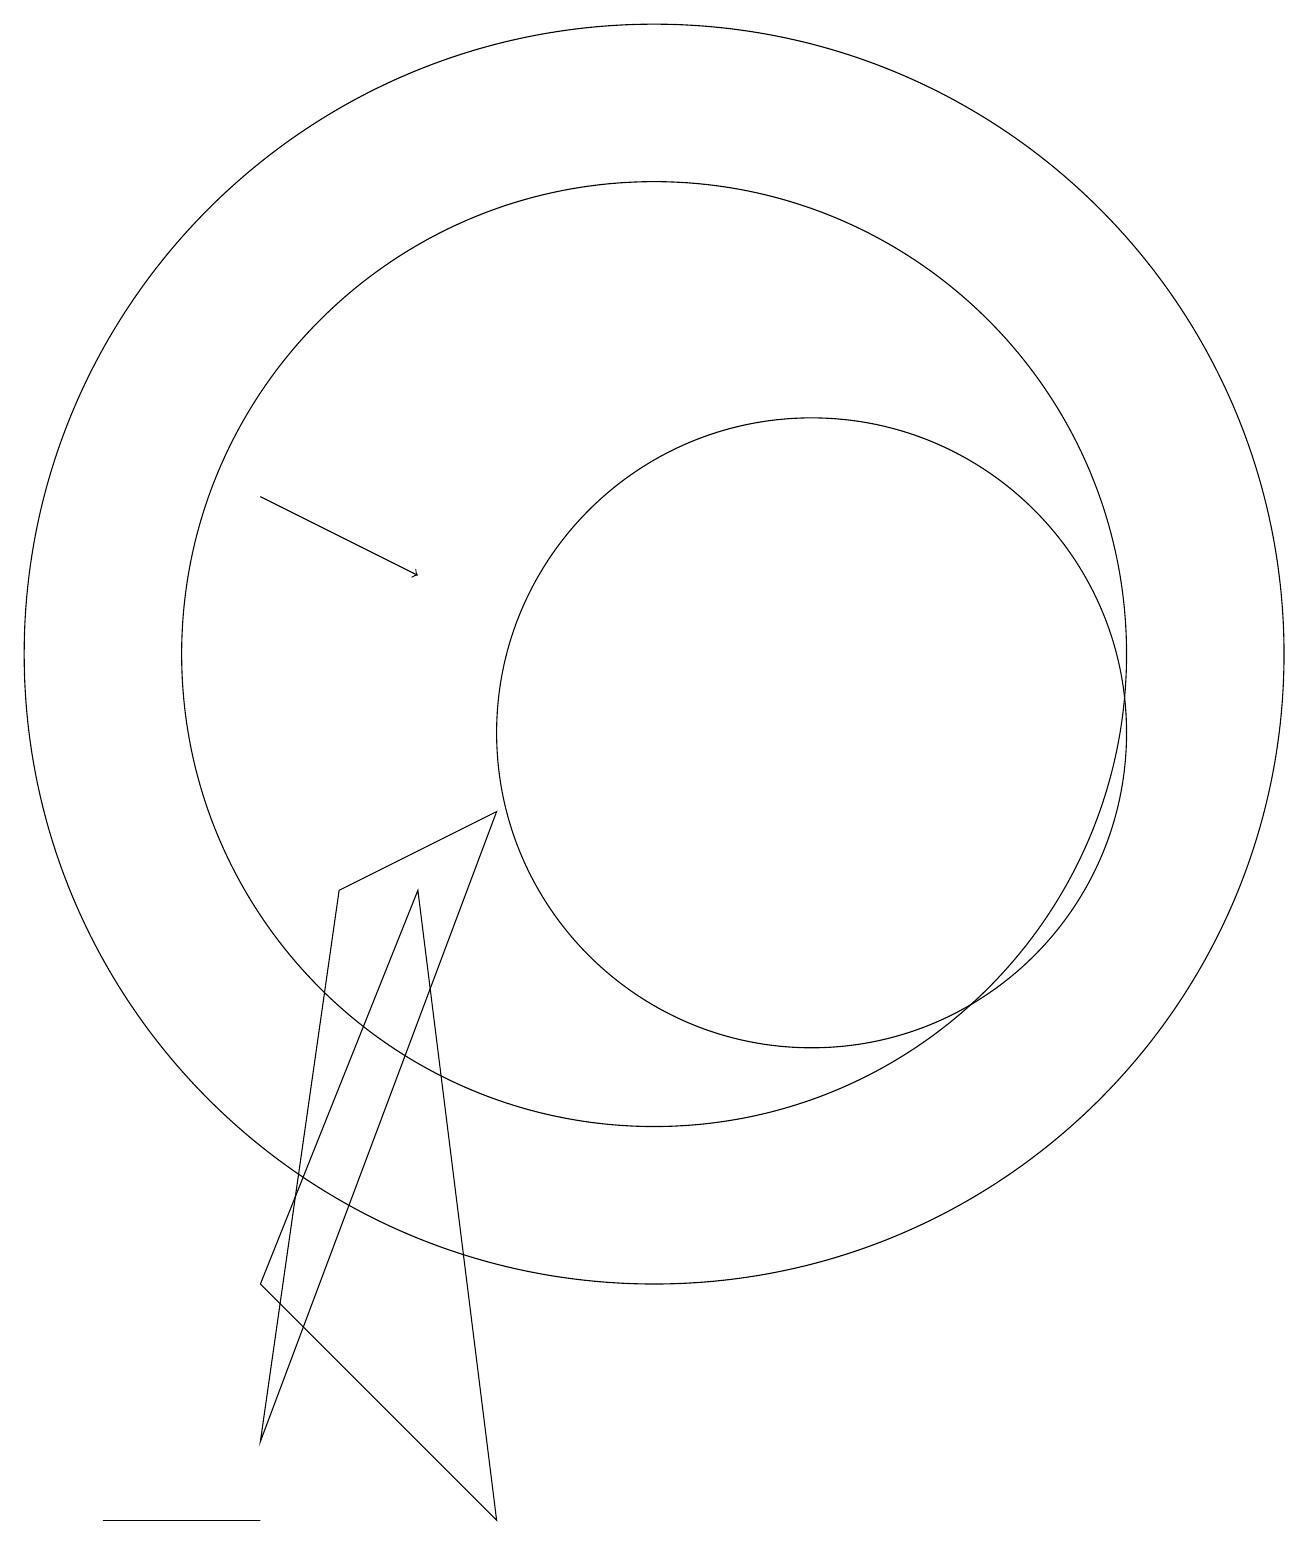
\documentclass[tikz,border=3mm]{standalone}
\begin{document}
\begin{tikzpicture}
\draw (10,11) circle (8);
\draw (12,10) circle (4);
\draw[->] (5,13) -- (7,12);
\draw (5,0) -- (4,0) -- (3,0) -- cycle;
\draw (10,11) circle (6);
\draw (8,0) -- (7,8) -- (5,3) -- cycle;
\draw (8,9) -- (6,8) -- (5,1) -- cycle;
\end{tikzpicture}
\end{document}